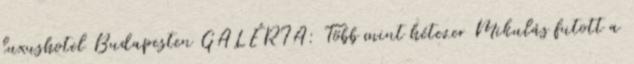
luxushotel Budapesten GALÉRIA: Több mint hétezer Mikulás futott a